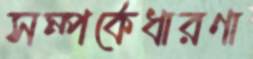
সম্পর্কেধারণা